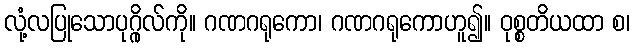
လုံ့လပြုသောပုဂ္ဂိုလ်ကို။ ဂဏဂရုကော၊ ဂဏဂရုကောဟူ၍။ ဝုစ္စတိယထာ စ၊